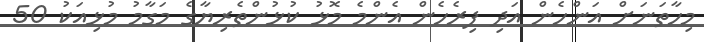
މިހާތަނަށް އަންހެން އަދި ފިރެހެން އެންމެ މޮޅު ކުޅުންތެރިޔާގެ މަގާމު މުޅިއަކު 50